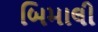
બિમાલી